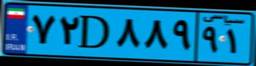
۷۴D۷۹۲۲۳